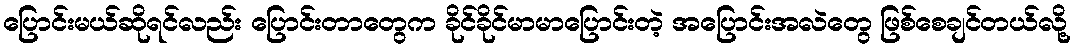
ပြောင်းမယ်ဆိုရင်လည်း ပြောင်းတာတွေက ခိုင်ခိုင်မာမာပြောင်းတဲ့ အပြောင်းအလဲတွေ ဖြစ်စေချင်တယ်လို့